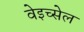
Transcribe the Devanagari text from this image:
वेइच्सेल